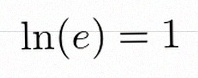
\ln(e)=1